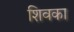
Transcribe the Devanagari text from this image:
शिवका